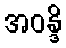
အဝန္ဒိ